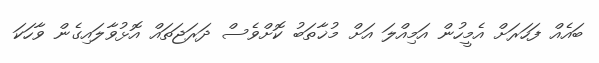
ބައެއް ފަހަރަށް އެމީހުން އަމިއްލަ އަށް މުޚާތަބު ކޮށްވެސް ދަރަޖަތައް އޮޅުވާލައިގެން ވާހަކަ